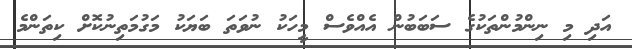
އަދި މި ނިންމުންތަކުގެ ސަބަބުން އެއްވެސް މީހަކު ނުވަތަ ބަޔަކު މަގުމަތިނުކޮށް ކިތަންމެ